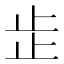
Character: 𣥕